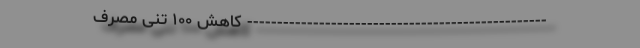
-------------------------------------------------- کاهش ۱۰۰ تنی مصرف